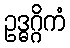
ဥဒ္ဓဂ္ဂိကံ